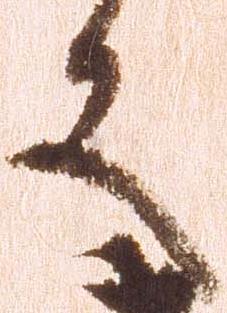
又